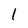
Character: l